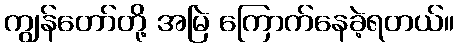
ကျွန်တော်တို့ အမြဲ ကြောက်နေခဲ့ရတယ်။